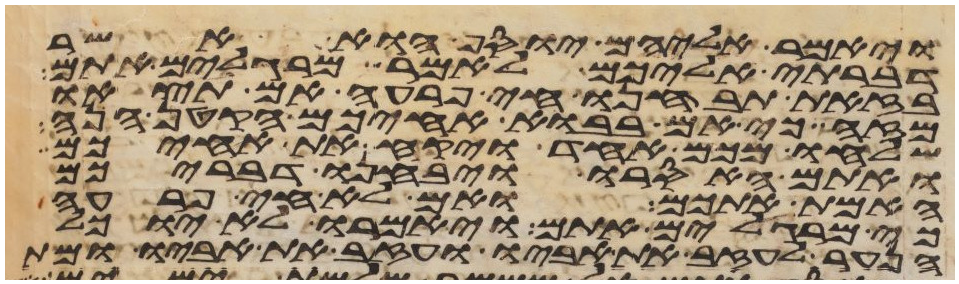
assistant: ויאמר אליהם יוסף הוא אשר
דברתי אליכם לאמר מרגלים אתם
בזאת תבחנו חי פרעה אם תצאו
מזה כי אם בבוא אחיכם הקטן הנה
שלחו מכם אחד ויקח את אחיכם
ואתם האסרו ויבחנו דבריכם
האמת אתכם ואם לא חי פרעה
כי מרגלים אתם ויאמרו לא יוכל
הנער לעזב את אביו ועזב את אביו ומת